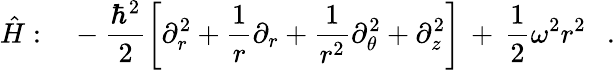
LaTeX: \hat{H}:\ \ \ -\frac{\hbar^{2}}{2}\left[\partial_{r}^{2}+\frac{1}{r}\partial_{r}+\frac{1}{r^{2}}\partial_{\theta}^{2}+\partial_{z}^{2}\right]\, +\, \frac{1}{2}\omega^{2}r^{2}\ \ \ .